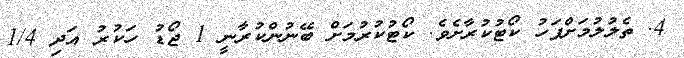
4. ތެލުލުމަށްފަހު ކޯޓުކުރާށެވެ. ކޯޓުކުރުމަށް ބޭނުންކުރާނީ 1 ޖޯޑު ހަކުރު އަދި 1/4